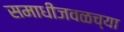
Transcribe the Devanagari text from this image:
समाधीजवळच्या